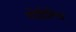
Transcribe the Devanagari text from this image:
मोईझेस